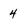
Character: 4